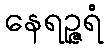
နေရဉ္ဇရံ